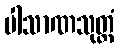
ပါသာဏသုတ္တံ